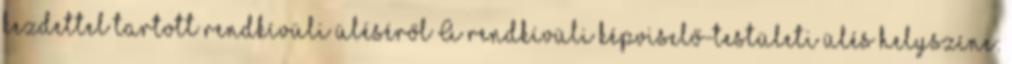
kezdettel tartott rendkívüli üléséről A rendkívüli képviselő-testületi ülés helyszíne: